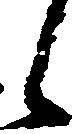
候